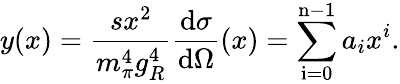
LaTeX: y(x)=\frac{sx^{2}}{m_{\pi}^{4}g_{R}^{4}}\frac{\mathrm{d}\sigma}{\mathrm{d}\Omega}(x)=\sum_{\mathrm{i=0}}^{\mathrm{n-1}}a_{i}x^{i}.